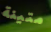
متينة